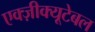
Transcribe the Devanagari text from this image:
एक्ज़ीक्यूटेबल